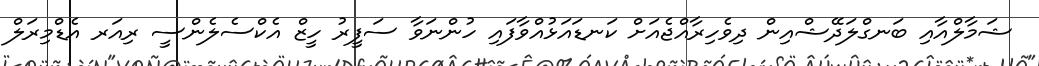
ޝަމާލްއާއި ބަނގްލަދޭޝްއިން ދިވެހިރާއްޖެއަށް ކަނޑައަޅުއްވާފައި ހުންނަވާ ސަފީރު ހީޒް އެކްސެލެންސީ ރިއަރ އެޑްމިރަލް